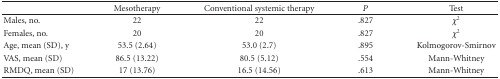
|  | Mesotherapy | Conventional systemic therapy | P | Test |
 | --- | --- | --- | --- | --- |
 | Males, no. | 22 | 22 | .827 | χ2 |
 | Females, no. | 20 | 20 | .827 | χ2 |
 | Age, mean (SD), y | 53.5 (2.64) | 53.0 (2.7) | .895 | Kolmogorov-Smirnov |
 | VAS, mean (SD) | 86.5 (13.22) | 80.5 (5.12) | .554 | Mann-Whitney |
 | RMDQ, mean (SD) | 17 (13.76) | 16.5 (14.56) | .613 | Mann-Whitney |